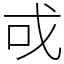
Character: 戓